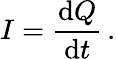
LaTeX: I={\frac{\mathrm{d}Q}{\mathrm{d}t}}\, .